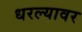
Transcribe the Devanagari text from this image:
धरल्यावर